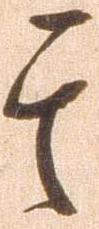
其